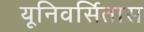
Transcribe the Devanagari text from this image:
यूनिवर्सितास